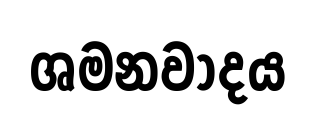
ශමනවාදය